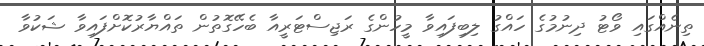
ތިނެއްގައި ވޯޓު ދިނުމުގެ ހައްގު ލިބިފައިވާ މީހުންގެ ރަޖިސްޓަރީއާ ބެހޭގޮތުން ތައްޔާރުކޮށްފައިވާ ޝަކުވާ